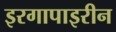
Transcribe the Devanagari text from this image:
इरगापाइरीन